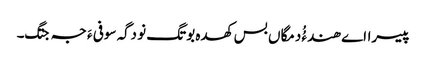
پیسرااے ھندءُُ دمگاں بس کھدہ بوتگ نو دگہ سوفی ءَ جہ جتگ۔